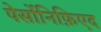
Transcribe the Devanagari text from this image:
पेर्सोनिफ़िएद